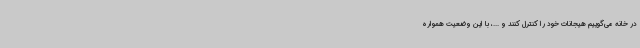
در خانه می‌گوییم هیجانات خود را کنترل کنند و ...، با این وضعیت همواره